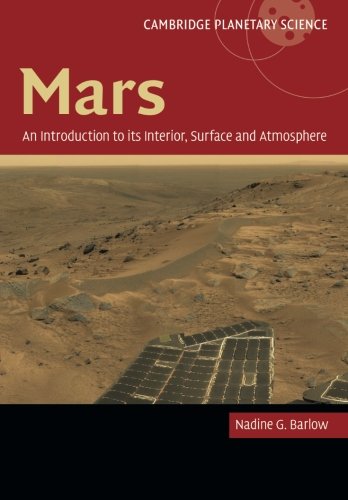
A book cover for Mars: An Introduction to its Interior, Surface and Atmosphere (Cambridge Planetary Science); Nadine Barlow; Science & Math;